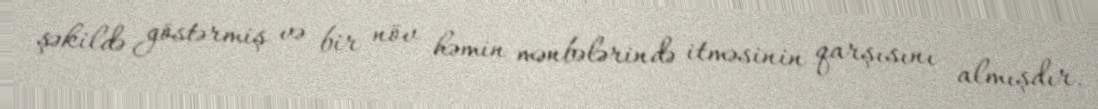
şəkildə göstərmiş və bir növ həmin mənbələrində itməsinin qarşısını almışdır.